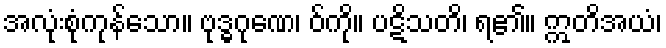
အလုံးစုံကုန်သော။ ဗုဒ္ဓဂုဏေ၊ ဝ်ကို။ ပဋိသတိ၊ ရ၏။ ဣတိအယံ၊